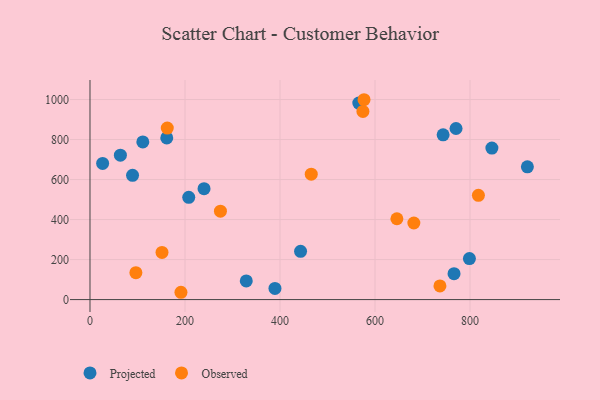
{"axis": {"x": "Experience", "y": "Demand"}, "legend": ["Observed", "Projected"], "data": [{"x": "846.1", "y": 757.4, "type": "Projected"}, {"x": "389.4", "y": 55.8, "type": "Projected"}, {"x": "565.9", "y": 982.4, "type": "Projected"}, {"x": "26.6", "y": 680.4, "type": "Projected"}, {"x": "161.6", "y": 808.1, "type": "Projected"}, {"x": "770.6", "y": 855.2, "type": "Projected"}, {"x": "111.2", "y": 788.0, "type": "Projected"}, {"x": "766.4", "y": 129.3, "type": "Projected"}, {"x": "443.3", "y": 241.2, "type": "Projected"}, {"x": "329.0", "y": 93.0, "type": "Projected"}, {"x": "920.8", "y": 663.5, "type": "Projected"}, {"x": "240.1", "y": 554.3, "type": "Projected"}, {"x": "798.8", "y": 205.0, "type": "Projected"}, {"x": "89.6", "y": 621.3, "type": "Projected"}, {"x": "743.4", "y": 823.6, "type": "Projected"}, {"x": "64.0", "y": 721.6, "type": "Projected"}, {"x": "207.9", "y": 511.2, "type": "Projected"}, {"x": "96.6", "y": 134.7, "type": "Observed"}, {"x": "162.7", "y": 857.1, "type": "Observed"}, {"x": "151.6", "y": 235.9, "type": "Observed"}, {"x": "646.1", "y": 404.1, "type": "Observed"}, {"x": "817.7", "y": 521.0, "type": "Observed"}, {"x": "191.5", "y": 36.5, "type": "Observed"}, {"x": "681.8", "y": 382.7, "type": "Observed"}, {"x": "274.6", "y": 442.1, "type": "Observed"}, {"x": "576.9", "y": 999.0, "type": "Observed"}, {"x": "465.8", "y": 626.8, "type": "Observed"}, {"x": "736.7", "y": 68.1, "type": "Observed"}, {"x": "574.6", "y": 940.7, "type": "Observed"}]}